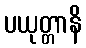
ပယုတ္တာနိ